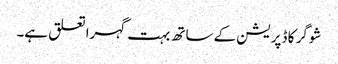
شوگر کا ڈپریشن کے ساتھ بہت گہرا تعلق ہے۔